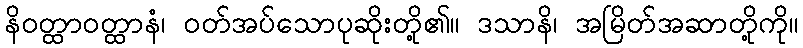
နိဝတ္ထာဝတ္ထာနံ၊ ဝတ်အပ်သောပုဆိုးတို့၏။ ဒသာနိ၊ အမြိတ်အဆာတို့ကို။